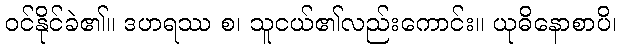
ဝင်နိုင်ခဲ၏။ ဒဟရဿ စ၊ သူငယ်၏လည်းကောင်း။ ယုဓိနောစာပိ၊